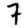
Digit: 7